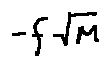
- f \sqrt { M }